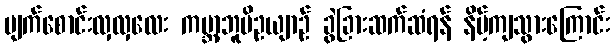
မျက်စောင်းလှလှလေး ကမ္ဘာ့ဘူမိဥယျာဉ် ခွဲခြားဆက်ဆံရန် နိမ့်ကျသွားကြောင်း